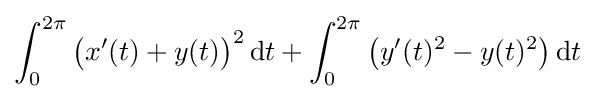
\int _{0}^{2\pi }{\big (}x'(t)+y(t){\big )}^{2}\,\mathrm {d} t+\int _{0}^{2\pi }{\big (}y'(t)^{2}-y(t)^{2}{\big )}\,\mathrm {d} t